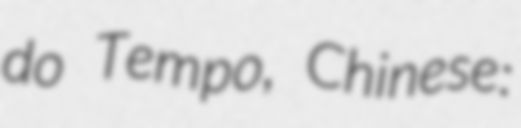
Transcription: do Tempo, Chinese: